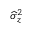
\widehat { \sigma } _ { z } ^ { 2 }